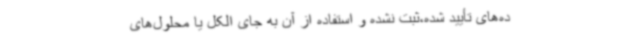
ده‌های تأیید شده،ثبت نشده و استفاده از آن به جای الکل یا محلول‌های